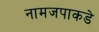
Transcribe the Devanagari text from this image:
नामजपाकडे